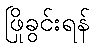
ဖြိုခွင်းရန်